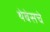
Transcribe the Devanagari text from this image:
थेबेसचे